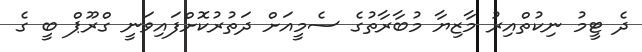
ދެ ޓީމު ނިކުތްއިރު މާޒިޔާ މުބާރާތުގެ ސެމީއަށް ދަތުރުކޮށްފައިވަނީ ގްރޫޕް ބީ ގެ